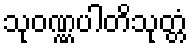
သုဝဏ္ဏပါတိသုတ္တံ